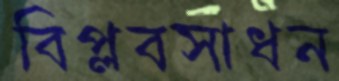
বিপ্লবসাধন